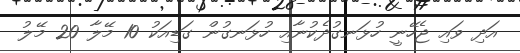
އަދި ވައި ޖެހޭނީ ހުޅަނގުދެކުނާއި ހުޅަނގުން ގަޑިއަކު 10 މޭލާ 20 މޭލު